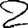
Digit: 2